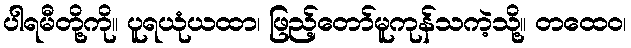
ပါရမီတို့ကို။ ပူရယုံယထာ၊ ဖြည့်တော်မူကုန်သကဲ့သို့။ တထေဝ၊